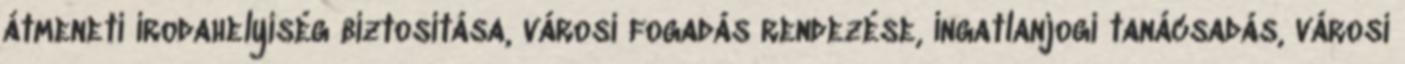
átmeneti irodahelyiség biztosítása, városi fogadás rendezése, ingatlanjogi tanácsadás, városi